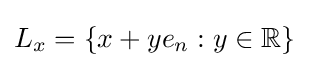
L_{x}=\{x+ye_{n}:y\in \mathbb {R} \}